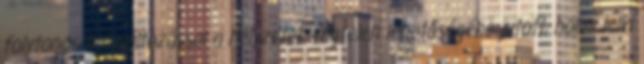
folytonos helyváltozással a helyzetek végtelen lehetőségébe jutott, holmi lelki